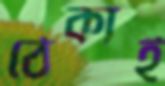
ঠেকাই